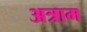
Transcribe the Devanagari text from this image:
अत्राम